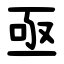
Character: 亟